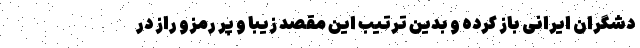
دشگران ایرانی باز کرده و بدین ترتیب این مقصد زیبا و پر رمزو راز در